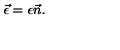
\vec { \epsilon } = { \epsilon } \vec { n } .